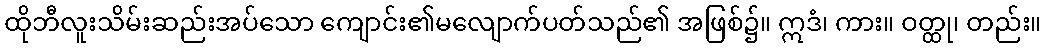
ထိုဘီလူးသိမ်းဆည်းအပ်သော ကျောင်း၏မလျောက်ပတ်သည်၏ အဖြစ်၌။ ဣဒံ၊ ကား။ ဝတ္ထု၊ တည်း။